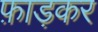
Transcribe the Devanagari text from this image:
फ़ाड़कर